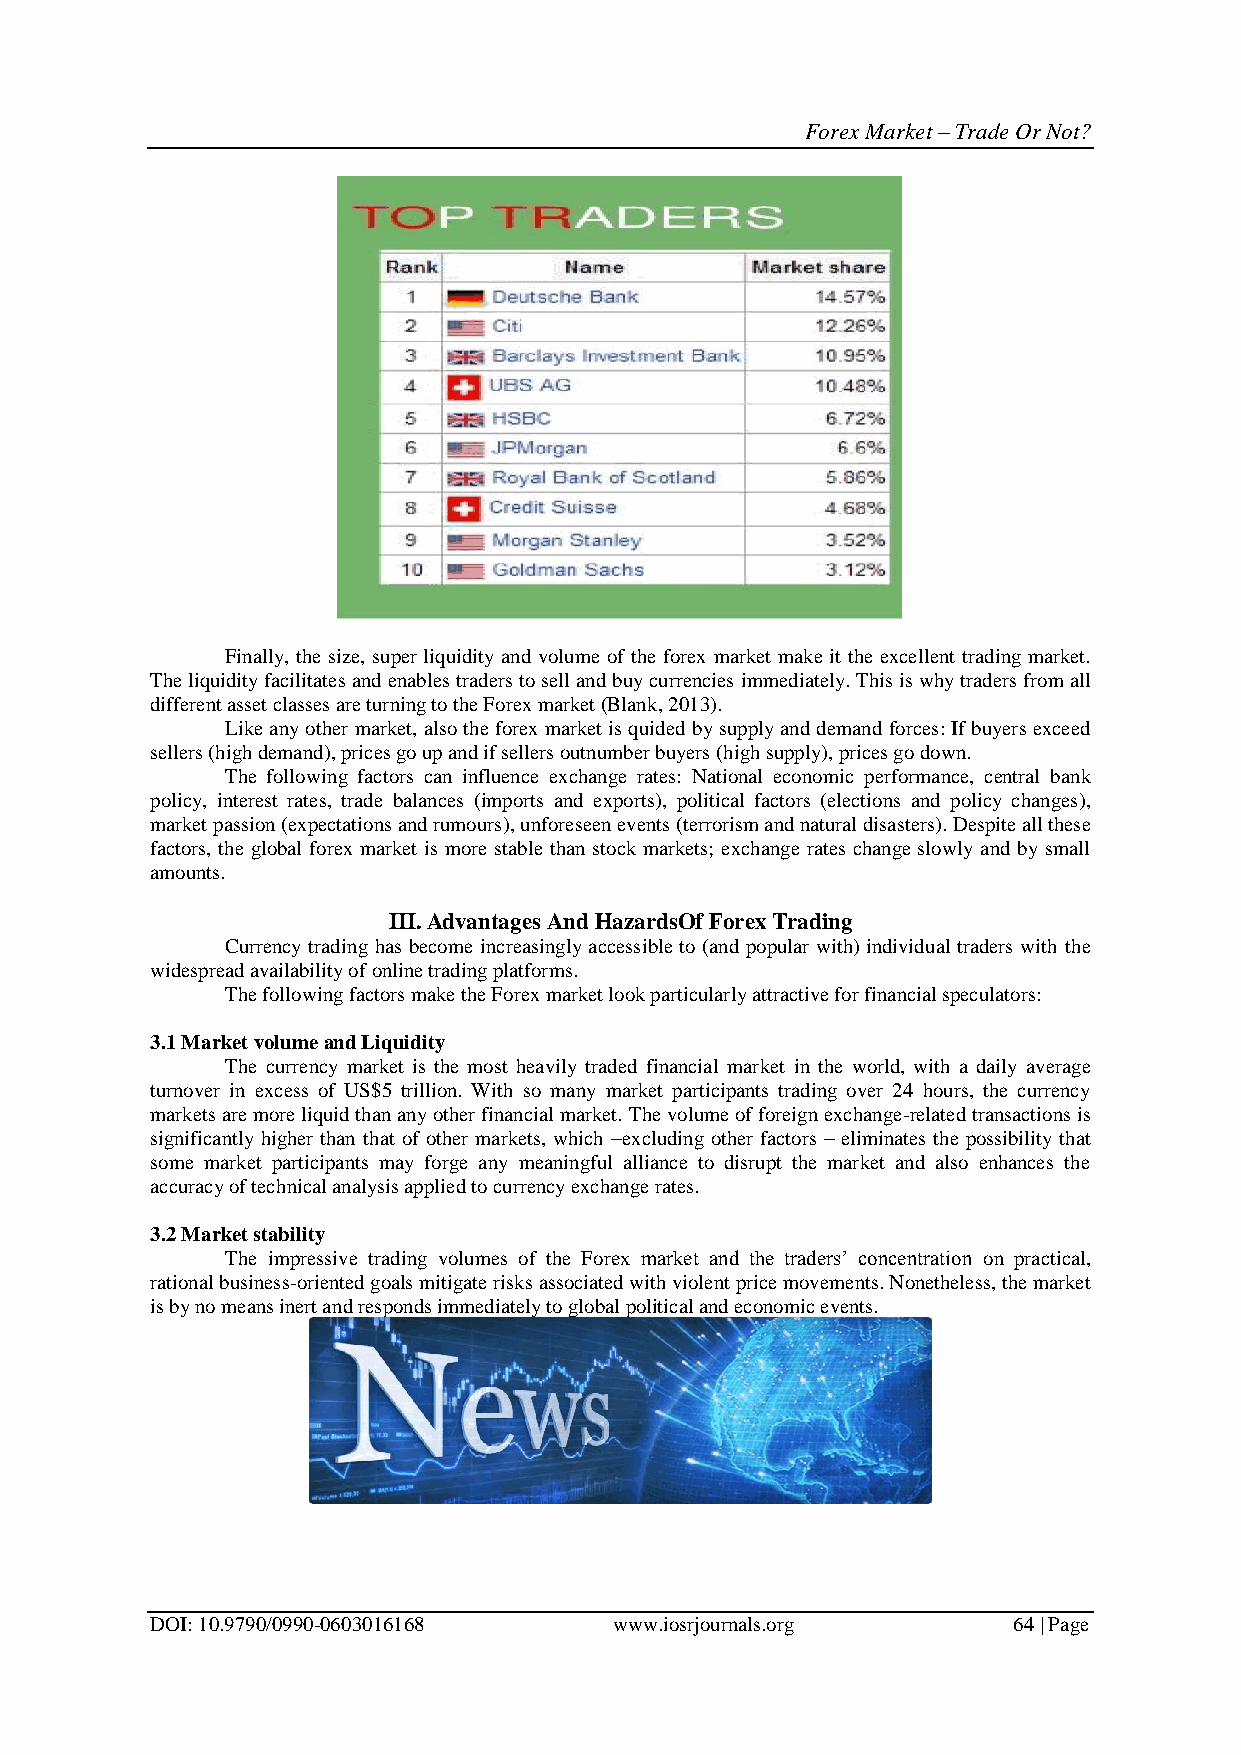
Forex Market – Trade Or Not?
 Finally, the size, super liquidity and volume of the forex market make it the excellent trading market.
 The liquidity facilitates and enables traders to sell and buy currencies immediately. This is why traders from all
 different asset classes are turning to the Forex market (Blank, 2013).
 Like any other market, also the forex market is quided by supply and demand forces: If buyers exceed
 sellers (high demand), prices go up and if sellers outnumber buyers (high supply), prices go down.
 The following factors can influence exchange rates: National economic performance, central bank
 policy, interest rates, trade balances (imports and exports), political factors (elections and policy changes),
 market passion (expectations and rumours), unforeseen events (terrorism and natural disasters). Despite all these
 factors, the global forex market is more stable than stock markets; exchange rates change slowly and by small
 amounts.
 III. Advantages And HazardsOf Forex Trading
 Currency trading has become increasingly accessible to (and popular with) individual traders with the
 widespread availability of online trading platforms.
 The following factors make the Forex market look particularly attractive for financial speculators:
 3.1 Market volume and Liquidity
 The currency market is the most heavily traded financial market in the world, with a daily average
 turnover in excess of US$5 trillion. With so many market participants trading over 24 hours, the currency
 markets are more liquid than any other financial market. The volume of foreign exchange-related transactions is
 significantly higher than that of other markets, which –excluding other factors – eliminates the possibility that
 some market participants may forge any meaningful alliance to disrupt the market and also enhances the
 accuracy of technical analysis applied to currency exchange rates.
 3.2 Market stability
 The impressive trading volumes of the Forex market and the traders’ concentration on practical,
 rational business-oriented goals mitigate risks associated with violent price movements. Nonetheless, the market
 is by no means inert and responds immediately to global political and economic events.
 DOI: 10.9790/0990-0603016168   www.iosrjournals.org      64 | Page